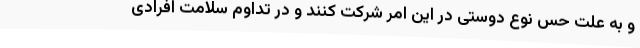
و به علت حس نوع دوستی در این امر شرکت کنند و در تداوم سلامت افرادی